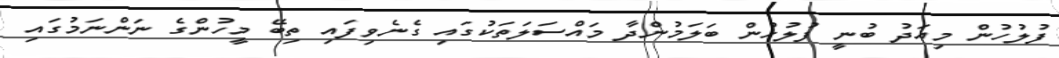
ފުލުހުން މިއަދު ބުނީ ފުލުހުން ބަލަމުންދާ މައްސަލަތަކުގައި ގެނެވިފައި ތިބޭ މީހުންގެ ނަންނަމުގައި